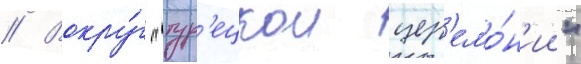
// Вокру́г "тур'ецкои цер'емо́н'ии"